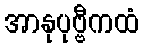
အာနုပုဗ္ဗီကထံ